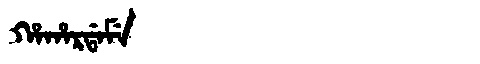
Manchu: ᡥᠠᡥᠠᡵᡩᠠᠮᡝ
Romanization: HAHARDAME